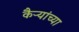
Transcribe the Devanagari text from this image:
कैऱ्यांच्या